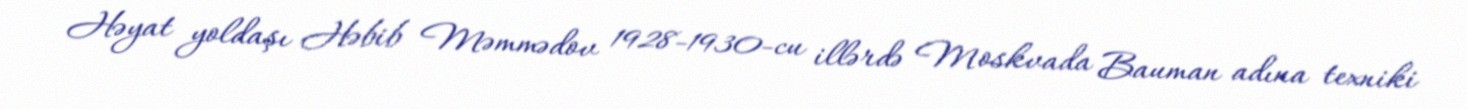
Həyat yoldaşı Həbib Məmmədov 1928-1930-cu illərdə Moskvada Bauman adına texniki